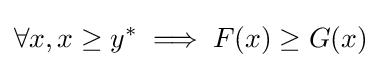
\forall x,x\geq y^{*}\implies F(x)\geq G(x)